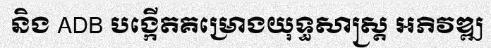
និង ADB បង្កើតគម្រោងយុទ្ធសាស្ត្រ អភិវឌ្ឍ